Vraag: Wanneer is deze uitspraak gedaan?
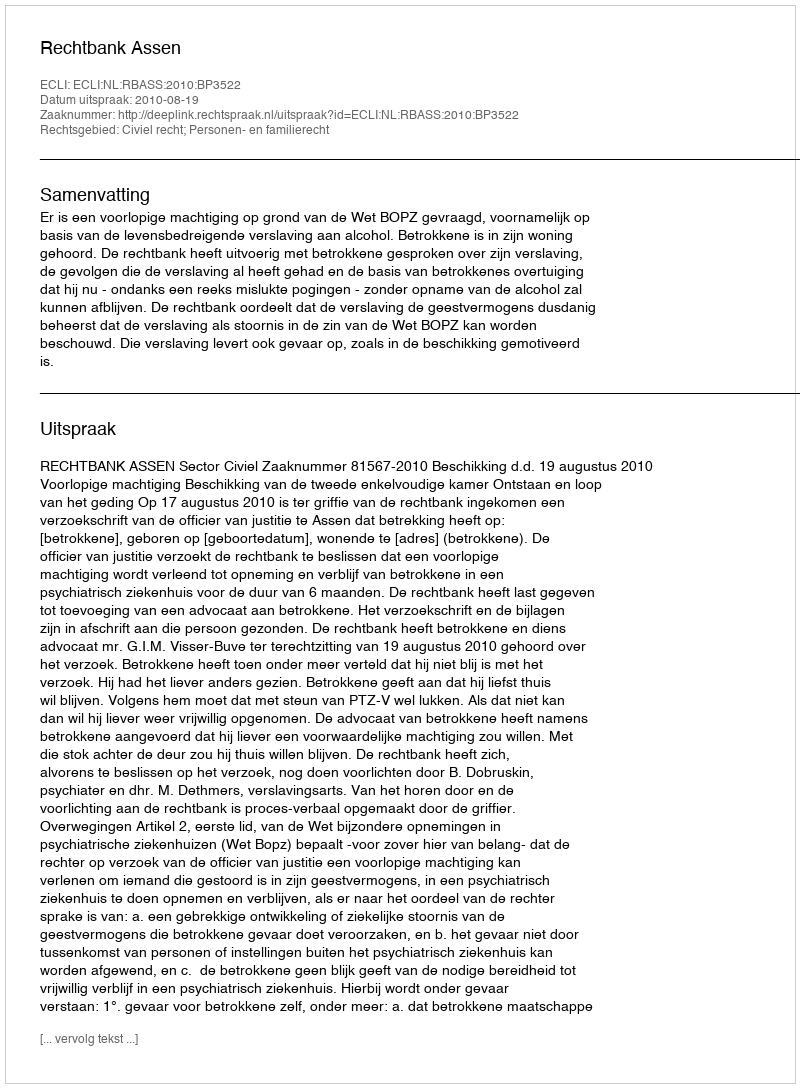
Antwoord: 2010-08-19